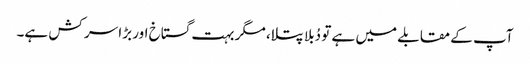
آپ کے مقابلے میں ہے تو دُبلا پتلا، مگر بہت گستاخ اور بڑا سر کش ہے۔